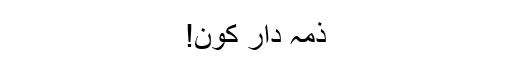
ذمہ دار کون!